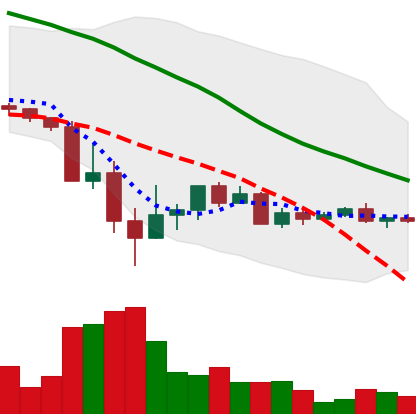
Ticker: ADA-USD
Chart end date: 2022-05-25
Forward return: 10.936%
Label: up_7plus